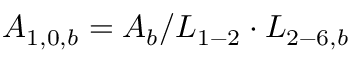
{ A _ { 1 , 0 , b } } = { A _ { b } } / { L _ { 1 - 2 } } \cdot { L _ { 2 - 6 , b } }